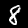
Digit: 8